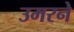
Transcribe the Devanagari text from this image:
उमरने